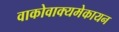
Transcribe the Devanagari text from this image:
वाकोवाक्यमेकायन